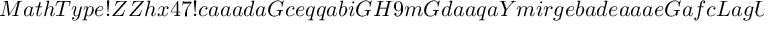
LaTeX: M a t h T y p e ! Z Z h x 4 7 ! c a a a d a G c e q q a b i G H 9 m G d a a q a Y m i r g e b a d e a a a e G a f c L a g U I a e Y 2 a b a